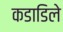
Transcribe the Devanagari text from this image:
कडाडिले